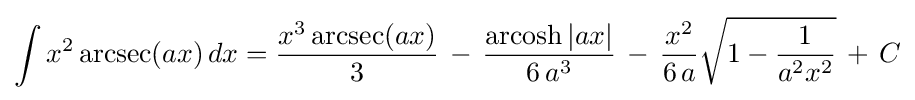
\int x^{2}\operatorname {arcsec}(ax)\,dx={\frac {x^{3}\operatorname {arcsec}(ax)}{3}}\,-\,{\frac {\operatorname {arcosh} |ax|}{6\,a^{3}}}\,-\,{\frac {x^{2}}{6\,a}}{\sqrt {1-{\frac {1}{a^{2}x^{2}}}}}\,+\,C